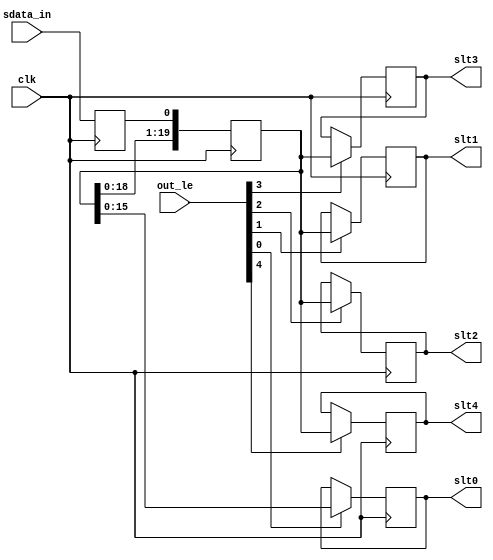
/////////////////////////////////////////////////////////////////////
////  Serial Input Block                                         ////
/////////////////////////////////////////////////////////////////////

`timescale 1 ns/ 100 ps

module ac97_sin(clk, //rst,

	out_le, slt0, slt1, slt2, slt3, slt4, 
//	slt5, slt6, slt7, slt8, slt9, slt10, slt11, slt12, 

	sdata_in
	);

input		clk;
//input		rst;

// --------------------------------------
// Misc Signals
input	[4:0]	out_le;
output	[15:0]	slt0;
output	[19:0]	slt1;
output	[19:0]	slt2;
output	[19:0]	slt3;
output	[19:0]	slt4;
//output	[19:0]	slt5;
//output	[19:0]	slt6;
//output	[19:0]	slt7;
//output	[19:0]	slt8;
//output	[19:0]	slt9;
//output	[19:0]	slt10;
//output	[19:0]	slt11;
//output	[19:0]	slt12;

// --------------------------------------
// AC97 Codec Interface
input		sdata_in;

////////////////////////////////////////////////////////////////////
//
// Local Wires
//

reg		sdata_in_r;
reg	[19:0]	sr;

reg	[15:0]	slt0;
reg	[19:0]	slt1;
reg	[19:0]	slt2;
reg	[19:0]	slt3;
reg	[19:0]	slt4;
//reg	[19:0]	slt5;
//reg	[19:0]	slt6;
//reg	[19:0]	slt7;
//reg	[19:0]	slt8;
//reg	[19:0]	slt9;
//reg	[19:0]	slt10;
//reg	[19:0]	slt11;
//reg	[19:0]	slt12;

////////////////////////////////////////////////////////////////////
//
// Output Registers
//

always @(posedge clk)
	if(out_le[0])	slt0 <= #1 sr[15:0];

always @(posedge clk)
	if(out_le[1])	slt1 <= #1 sr;

always @(posedge clk)
	if(out_le[2])	slt2 <= #1 sr;

always @(posedge clk)
	if(out_le[3])	slt3 <= #1 sr;

always @(posedge clk)
	if(out_le[4])	slt4 <= #1 sr;
/*
always @(posedge clk)
	if(out_le[5])	slt5 <= #1 sr;

always @(posedge clk)
	if(out_le[6])	slt6 <= #1 sr;

always @(posedge clk)
	if(out_le[7])	slt7 <= #1 sr;

always @(posedge clk)
	if(out_le[8])	slt8 <= #1 sr;

always @(posedge clk)
	if(out_le[9])	slt9 <= #1 sr;

always @(posedge clk)
	if(out_le[10])	slt10 <= #1 sr;

always @(posedge clk)
	if(out_le[11])	slt11 <= #1 sr;

always @(posedge clk)
	if(out_le[12])	slt12 <= #1 sr;		 */


////////////////////////////////////////////////////////////////////
//
// Serial Shift Register
//

always @(negedge clk)
	sdata_in_r <= #1 sdata_in;

always @(posedge clk)
	sr <= #1 {sr[18:0], sdata_in_r };

endmodule